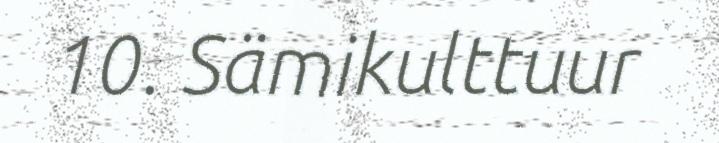
10. Sämikulttuur